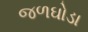
જળઘોડા